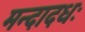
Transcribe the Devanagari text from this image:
मन्दादधः